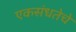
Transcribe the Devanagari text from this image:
एकसंधतेचे